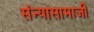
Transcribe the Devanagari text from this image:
संन्यासामाजीं